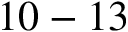
1 0 - 1 3